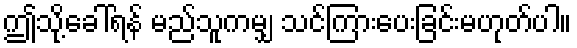
ဤသို့ခေါ်ရန် မည်သူကမျှ သင်ကြားပေးခြင်းမဟုတ်ပါ။